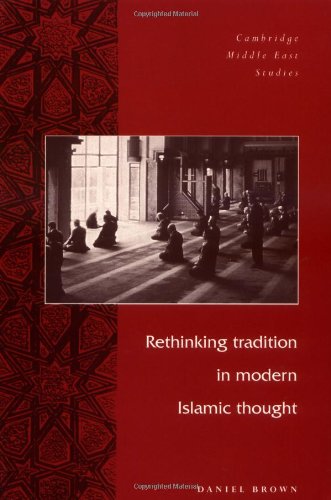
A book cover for Rethinking Tradition in Modern Islamic Thought (Cambridge Middle East Studies); Daniel W. Brown; Religion & Spirituality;